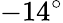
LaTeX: -14^{\circ}